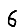
Digit: 6